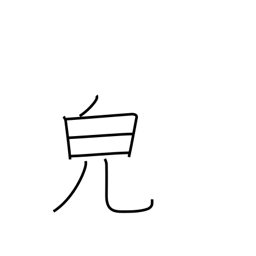
Meaning: appearance